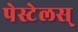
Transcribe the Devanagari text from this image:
पेस्टेलस्